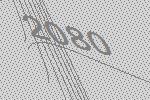
2080